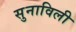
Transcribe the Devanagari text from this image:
सुनाविली